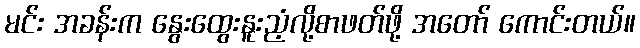
မင်း အခန်းက နွေးထွေးနူးညံ့လို့စာဖတ်ဖို့ အတော် ကောင်းတယ်။